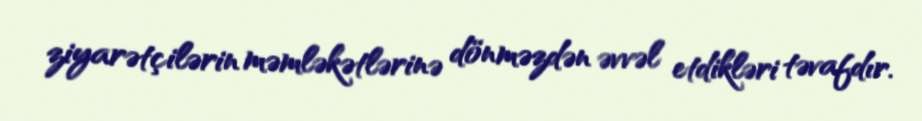
ziyarətçilərin məmləkətlərinə dönməzdən əvvəl etdikləri təvafdır.